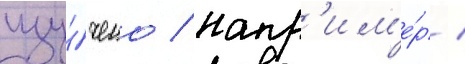
изу́чено / напр'им'е́р /